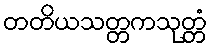
တတိယသတ္တကသုတ္တံ